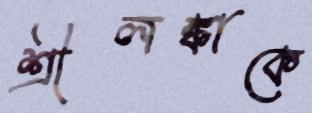
শ্রীলঙ্কাকে